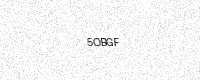
Text: 5OBGF